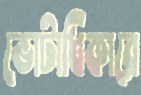
ভোটাধিকারে